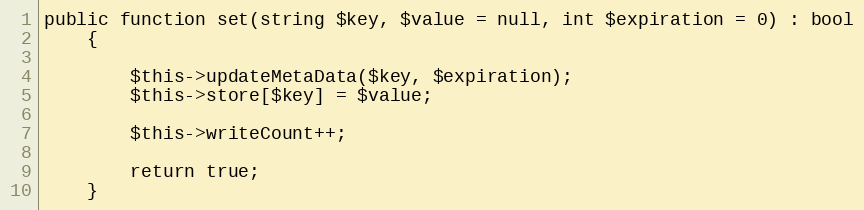
Language: PHP
public function set(string $key, $value = null, int $expiration = 0) : bool
    {

        $this->updateMetaData($key, $expiration);
        $this->store[$key] = $value;

        $this->writeCount++;

        return true;
    }